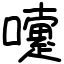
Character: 嚔